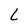
Character: L